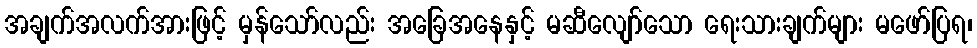
အချက်အလက်အားဖြင့် မှန်သော်လည်း အခြေအနေနှင့် မဆီလျော်သော ရေးသားချက်များ မဖော်ပြရ၊